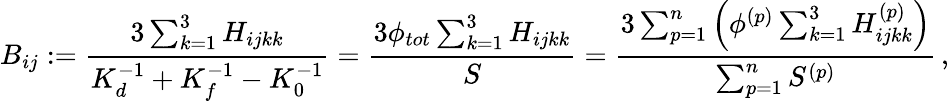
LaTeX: B_{ij}:=\frac{3\sum_{k=1}^{3}H_{ijkk}}{K_{d}^{{-1}}+K_{f}^{-1}-K_{0}^{-1}}=\frac{3\phi_{tot}\sum_{k=1}^{3}H_{ijkk}}{S}=\frac{3\sum_{p=1}^{n}\left(\phi^{(p)}\sum_{k=1}^{3}H_{ijkk}^{(p)}\right)}{\sum_{p=1}^{n}S^{(p)}}\, ,